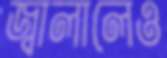
জ্বালালেও